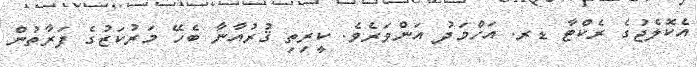
އެކޮލެޖުގެ ރެކްޓާ ޑރ. އަހްމަދު އަންވަރެވެ. ކީރިތި ޤުރުއާނާ ބެހޭ މަރުކަޒުގެ ފަރާތުން